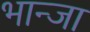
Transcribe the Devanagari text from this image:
भान्जा